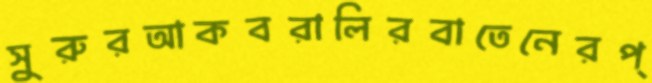
সুরুরআকবরালিরবাতেনেরপ্